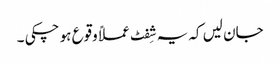
جان لیں کہ یہ شِفٹ عملاً وقوع ہو چکی ۔